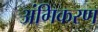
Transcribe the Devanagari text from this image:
अंगिकरण